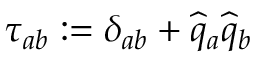
\tau _ { a b } : = \delta _ { a b } + \widehat { q } _ { a } \widehat { q } _ { b }